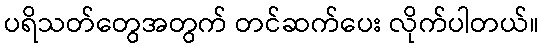
ပရိသတ်တွေအတွက် တင်ဆက်ပေး လိုက်ပါတယ်။